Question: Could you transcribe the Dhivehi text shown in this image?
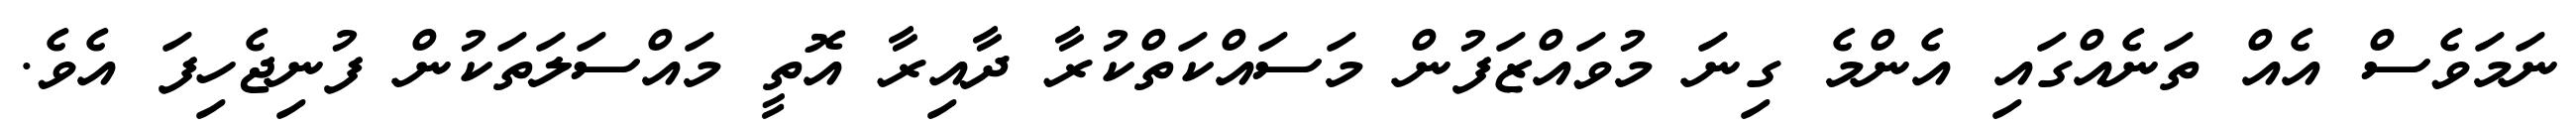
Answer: ނަމަވެސް އެއް ތަނެއްގައި އެންމެ ގިނަ މުވައްޒަފުން މަސައްކަތްކުރާ ދާއިރާ އޮތީ މައްސަލަތަކުން ފުނިޖެހިފަ އެވެ.